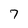
Character: 7